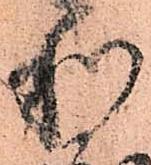
利